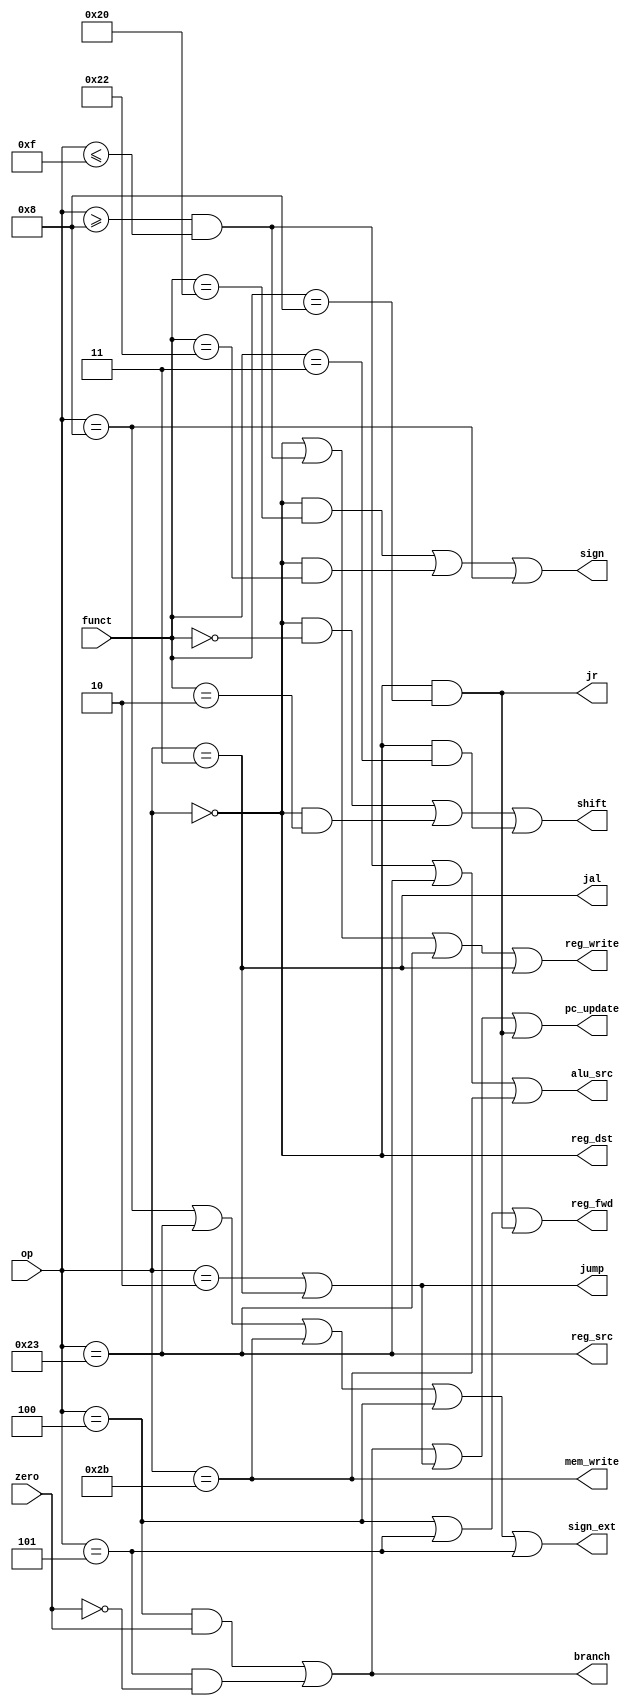
module control (op, funct, zero, sign, sign_ext, shift,
                alu_src, mem_write, reg_src, reg_dst, reg_write,
                reg_fwd, pc_update, branch, jump, jal, jr);

   input [5:0] op, funct;
   input zero;
   output sign, sign_ext, shift, alu_src, mem_write, reg_src,
          reg_dst, reg_write, reg_fwd, pc_update,
          branch, jump, jal, jr;

   // Parse the instructions

   wire r_type  = (op == 6'h00);
   wire i_add   = r_type && (funct == 6'h20);
   wire i_sub   = r_type && (funct == 6'h22);
   wire i_sll   = r_type && (funct == 6'h00);
   wire i_srl   = r_type && (funct == 6'h02);
   wire i_sra   = r_type && (funct == 6'h03);
   wire i_jr    = r_type && (funct == 6'h08);

   wire i_type  = (op >= 6'h08) && (op <= 6'h0f);
   wire i_addi  = (op == 6'h08);

   wire i_lw    = (op == 6'h23);
   wire i_sw    = (op == 6'h2b);
   wire i_beq   = (op == 6'h04);
   wire i_bne   = (op == 6'h05);

   wire i_j     = (op == 6'h02);
   wire i_jal   = (op == 6'h03);

   // Generate control signals

   assign sign      = i_add  || i_sub  || i_addi;
   assign sign_ext  = i_addi || i_lw   || i_sw   || i_beq  || i_bne;
   assign shift     = i_sll  || i_srl  || i_sra;
   assign alu_src   = i_type || i_lw   || i_sw;

   assign mem_write = i_sw;
   assign reg_src   = i_lw;
   assign reg_dst   = r_type;
   assign reg_write = r_type || i_type || i_lw   || i_jal;

   assign reg_fwd   = i_beq  || i_bne  || i_jr;
   assign pc_update = branch || jump   || jr;

   assign branch    = (i_beq && zero)  || (i_bne && !zero);
   assign jump      = i_j    || i_jal;
   assign jal       = i_jal;
   assign jr        = i_jr;

endmodule